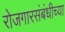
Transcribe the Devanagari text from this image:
रोजगारसंबंधीच्या